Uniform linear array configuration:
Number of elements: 64
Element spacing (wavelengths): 0.75
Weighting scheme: hamming
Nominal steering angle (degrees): -45
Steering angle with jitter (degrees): -44.577
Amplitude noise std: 0.05
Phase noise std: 0.05

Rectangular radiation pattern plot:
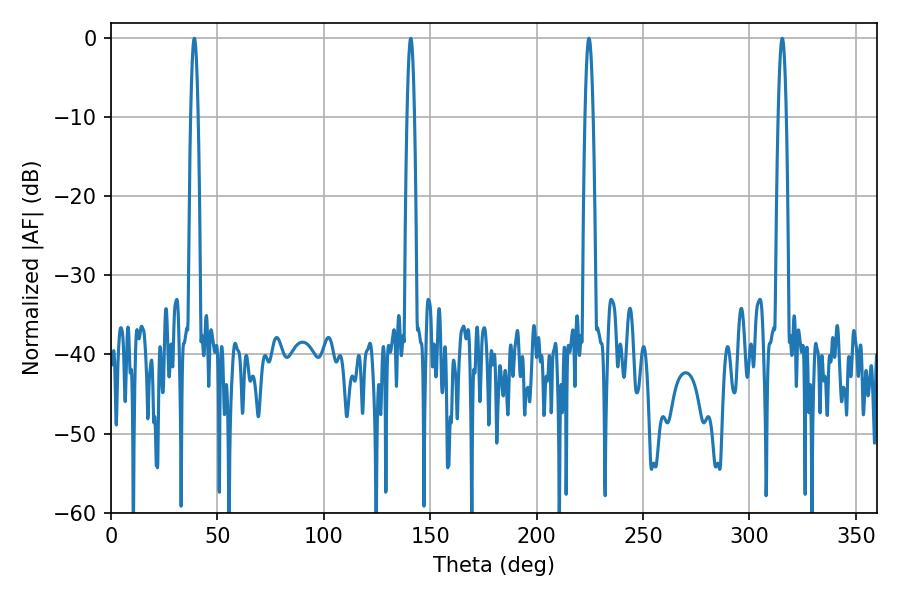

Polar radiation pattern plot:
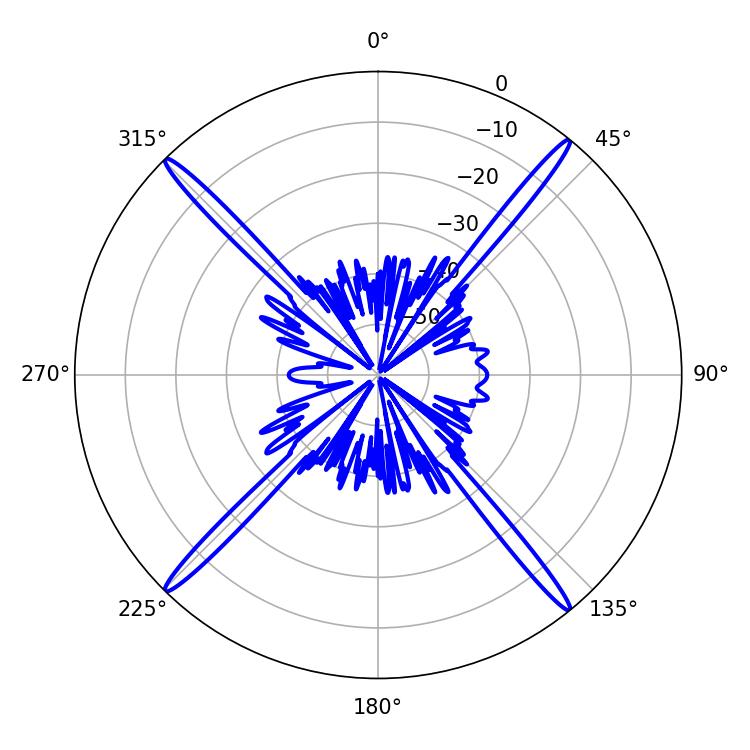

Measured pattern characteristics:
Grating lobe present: TRUE
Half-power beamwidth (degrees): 1.98
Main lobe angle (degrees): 315.36